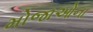
મોજાઓના